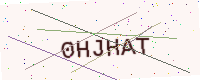
Text: 0HJHAT